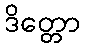
ဒိတ္တော